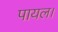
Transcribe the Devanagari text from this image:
पायल।